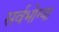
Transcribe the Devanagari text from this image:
सर्वभोग्या